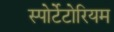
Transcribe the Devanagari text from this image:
स्पोर्टेटोरियम